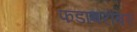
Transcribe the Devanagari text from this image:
फडाबरोबर